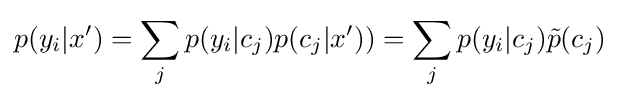
p(y_{i}|x')=\sum _{j}p(y_{i}|c_{j})p(c_{j}|x'))=\sum _{j}p(y_{i}|c_{j}){\tilde {p}}(c_{j})